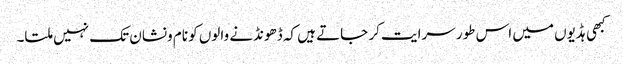
کبھی ہڈیوں میں اس طور سرایت کر جاتے ہیں کہ ڈھونڈنے والوں کو نام ونشان تک نہیں ملتا۔